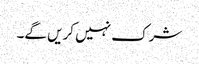
شرک نہیں کریں گے۔